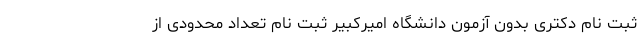
ثبت ‌نام دکتری بدون آزمون دانشگاه امیرکبیر ثبت نام تعداد محدودی از